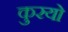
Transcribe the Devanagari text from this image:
कुरयो